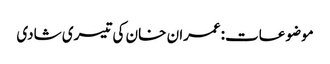
موضوعات:عمران خان کی تیسری شادی